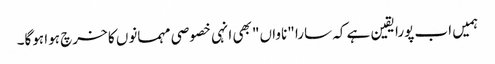
ہمیں اب پورا یقین ہے کہ سارا "ناواں" بھی انہی خصوصی مہمانوں کا خرچ ہوا ہوگا۔